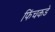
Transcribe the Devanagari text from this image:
फिंचकडे